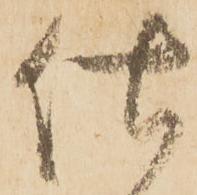
仕